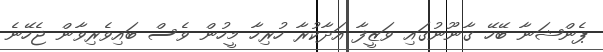
ޕެންޝަނާ ބޭހޭ ގާނޫނުގައި ވަޒީފާ އަދާކުރާ ހުރިހާ މީހުން ވެސް ބައިވެރިވާން ޖެހޭނެ